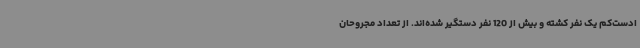
ادست‌کم یک نفر کشته و بیش از 120 نفر دستگیر شده‌اند. از تعداد مجروحان